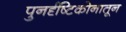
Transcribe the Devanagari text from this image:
पुनर्दृष्टिकोनातून